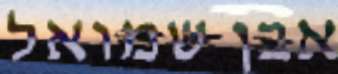
אבן שמואל